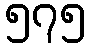
၅၇၅